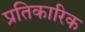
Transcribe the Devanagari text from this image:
प्रतिकारिक